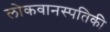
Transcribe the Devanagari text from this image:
लोकवानस्पतिकी